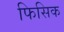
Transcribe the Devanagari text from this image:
फिसिक